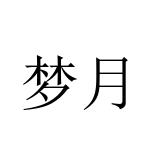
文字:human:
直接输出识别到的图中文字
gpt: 梦月